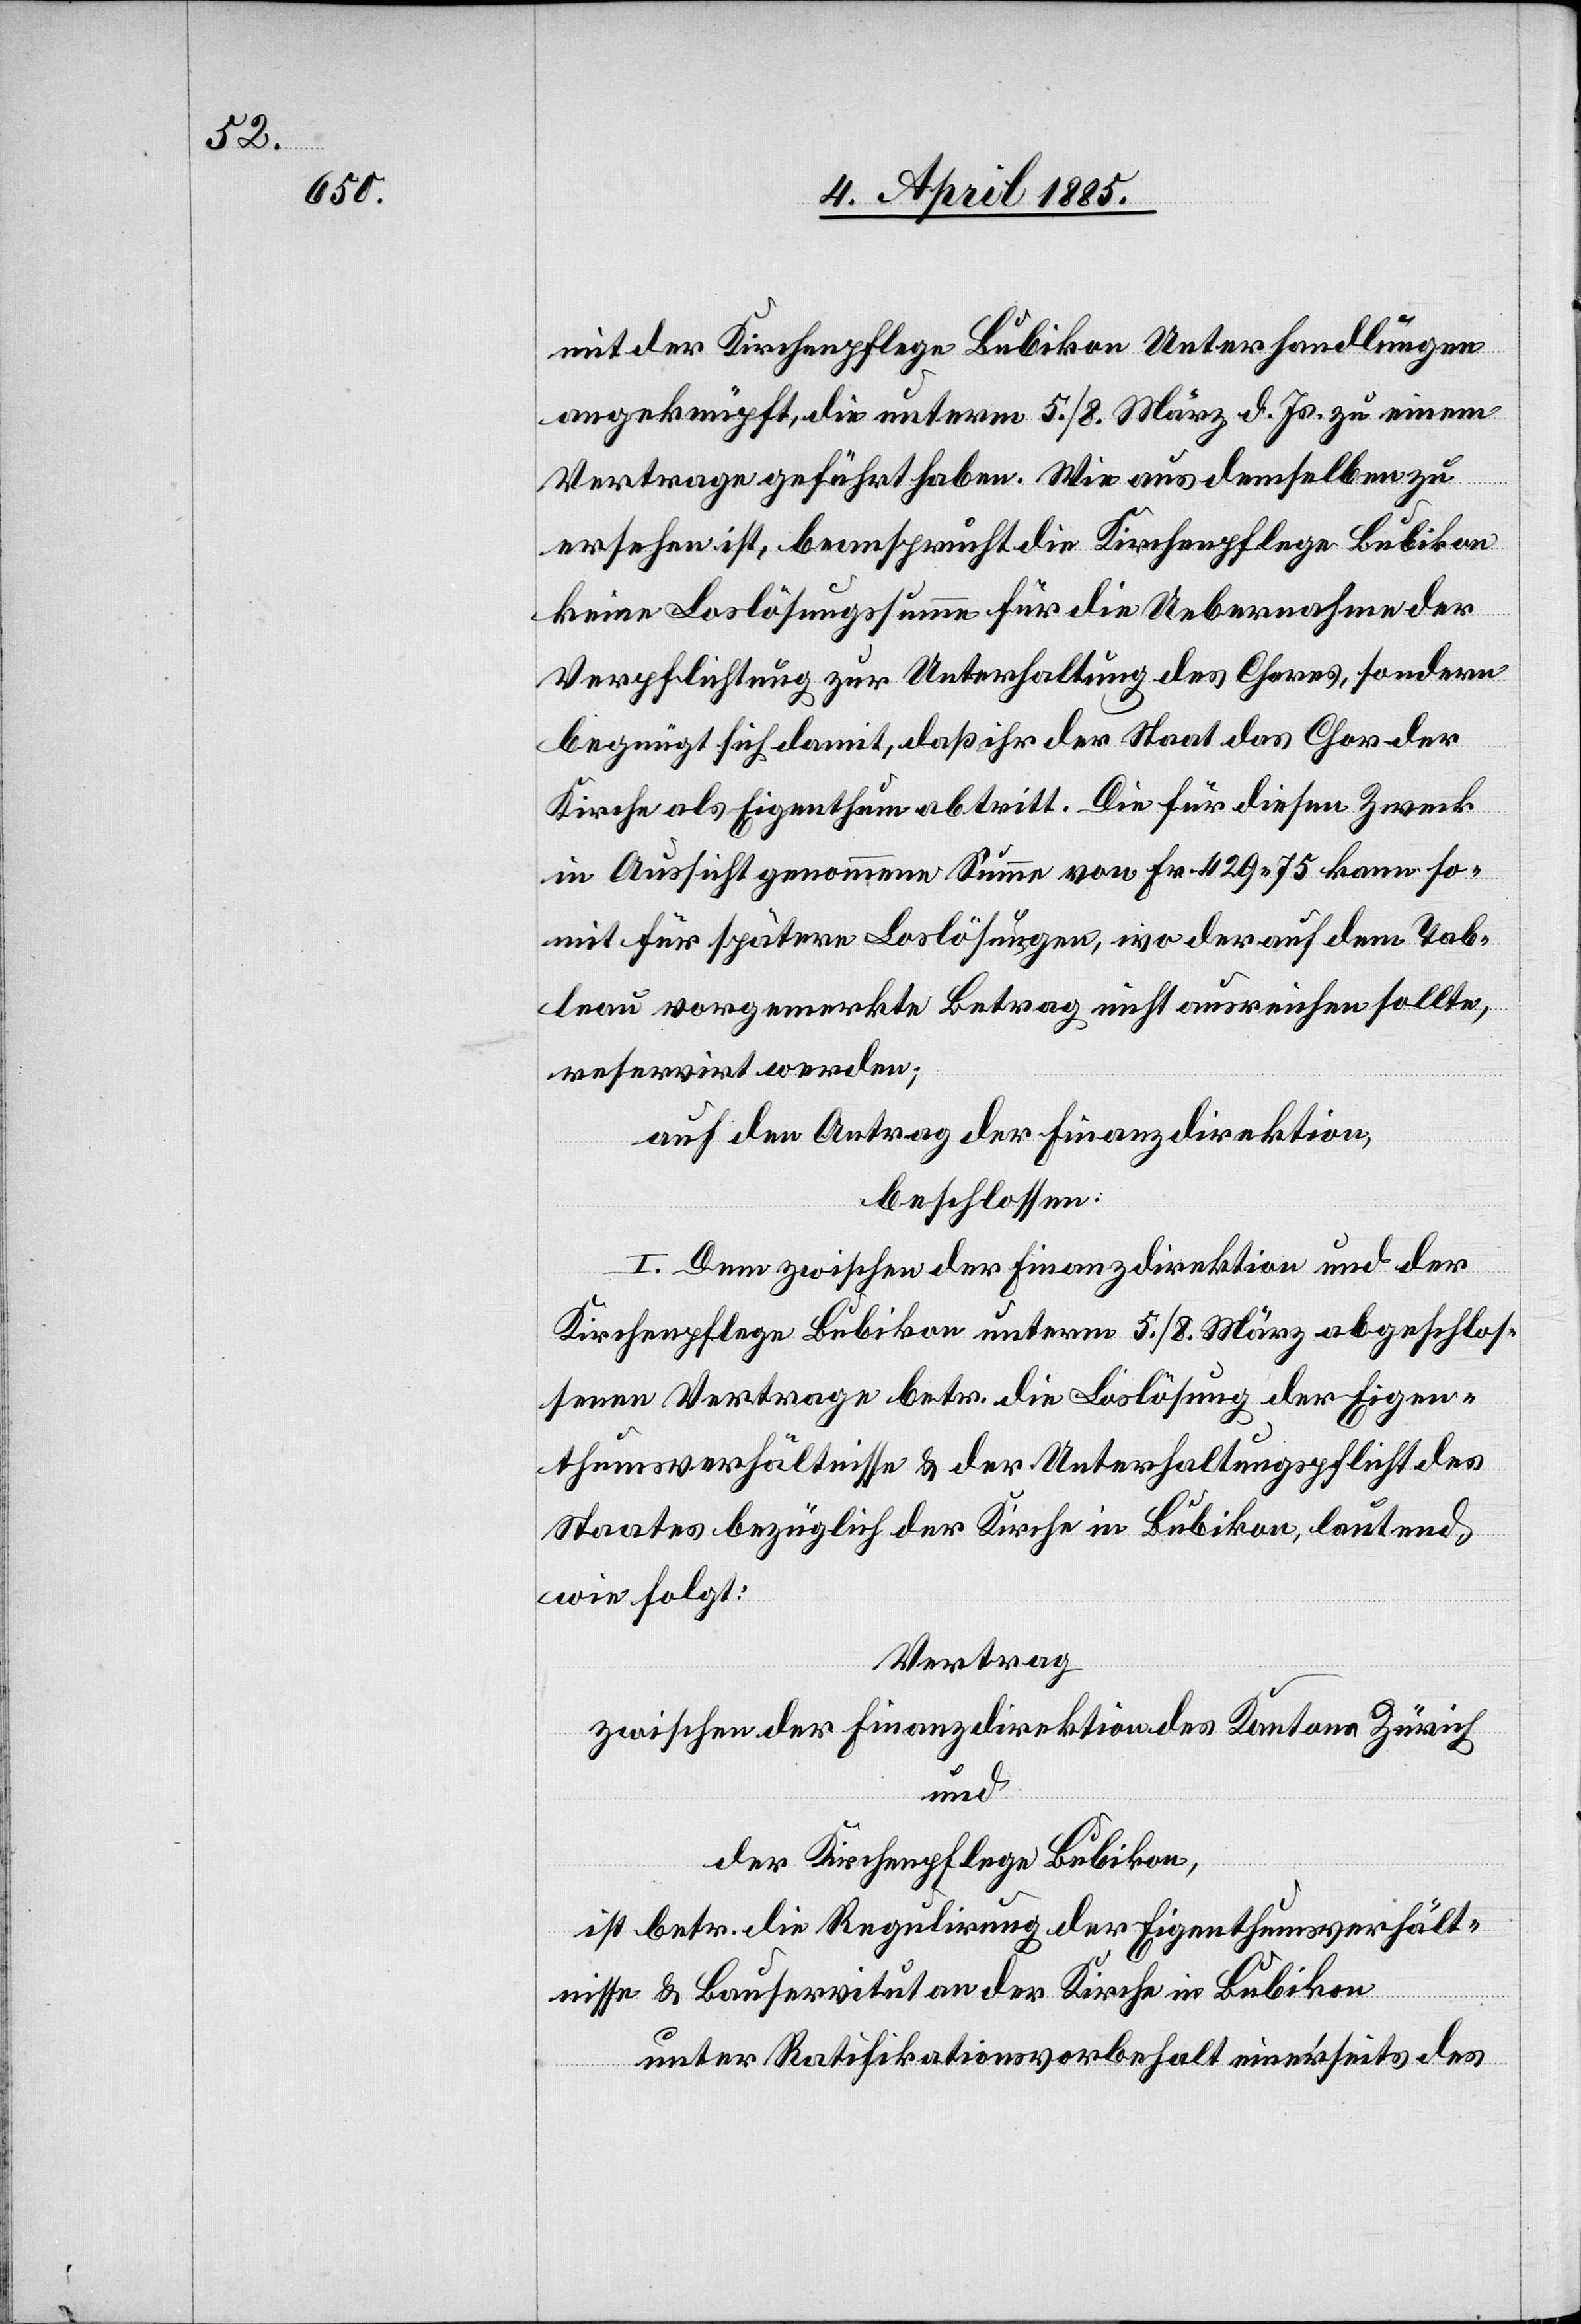
mit der Kirchenpflege Bubikon Unterhandlungen
angeknüpft, die unterm 5./8. März d. Js. zu einem
Vertrage geführt haben. Wie aus demselben zu
erfahren ist, beansprucht die Kirchenpflege Bubikon
keine Loslösungssumme für die Uebernahme der
Verpflichtung zur Unterhaltung des Chores, sondern
begnügt sich damit, daß ihr der Staat das Chor der
Kirche als Eigenthum abtritt. Die für diesen Zweck
in Aussicht genommene Summe von Fr. 429 75 kann so¬
mit für spätere Loslösungen, wo der auf dem Tab¬
leau vorgemerkte Betrag nicht ausreichen sollte,
reservirt werden;
auf den Antrag der Finanzdirektion,
beschlossen:
I. Dem zwischen der Finanzdirektion und der
Kirchenpflege Bubikon unterm 5./8. März abgeschlos¬
senen Vertrage betr. die Loslösung der Eigen¬
thumsverhältnisse & der Unterhaltungspflicht des
Staates bezüglich der Kirche in Bubikon, lautend
wie folgt:
Vertrag
zwischen der Finanzdirektion des Kantons Zürich
und
der Kirchenpflege Bubikon,
ist betr. die Regulirung der Eigenthumsverhält¬
nisse & Bauservitut an der Kirche in Bubikon
unter Ratifikationsvorbehalt einerseits des